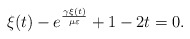
\begin{align*} \xi(t)-e^{\frac{\gamma\xi(t)}{\mu\varepsilon}}+1-2t=0.\end{align*}